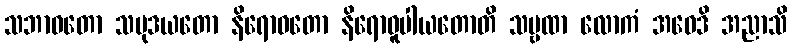
သဘာဝတော သမုဒယတော နိရောဓတော နိရောဓူပါယတောတိ သဗ္ဗထာ လောကံ အဝေဒိ အညာသိ